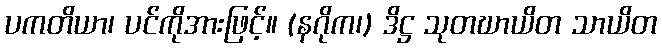
ပကတိယာ၊ ပင်ကိုအားဖြင့်။ (နဂိုက၊) ဒိဋ္ဌ သုတဃာယိတ သာယိတ